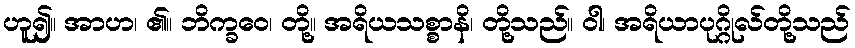
ဟူ၍။ အာဟ၊ ၏။ ဘိက္ခဝေ၊ တို့။ အရိယသစ္စာနိ၊ တို့သည်။ ဝါ၊ အရိယာပုဂ္ဂိုလ်တို့သည်